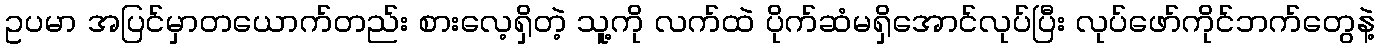
ဥပမာ အပြင်မှာတယောက်တည်း စားလေ့ရှိတဲ့ သူ့ကို လက်ထဲ ပိုက်ဆံမရှိအောင်လုပ်ပြီး လုပ်ဖော်ကိုင်ဘက်တွေနဲ့